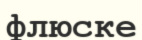
флюске